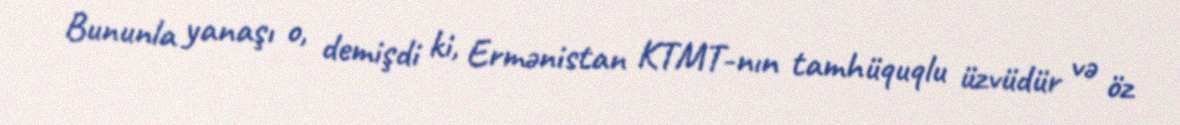
Bununla yanaşı o, demişdi ki, Ermənistan KTMT-nın tamhüquqlu üzvüdür və öz